Punjab Mental Hospital Lahore 1922-31 - 1922-1931
Year: 1922
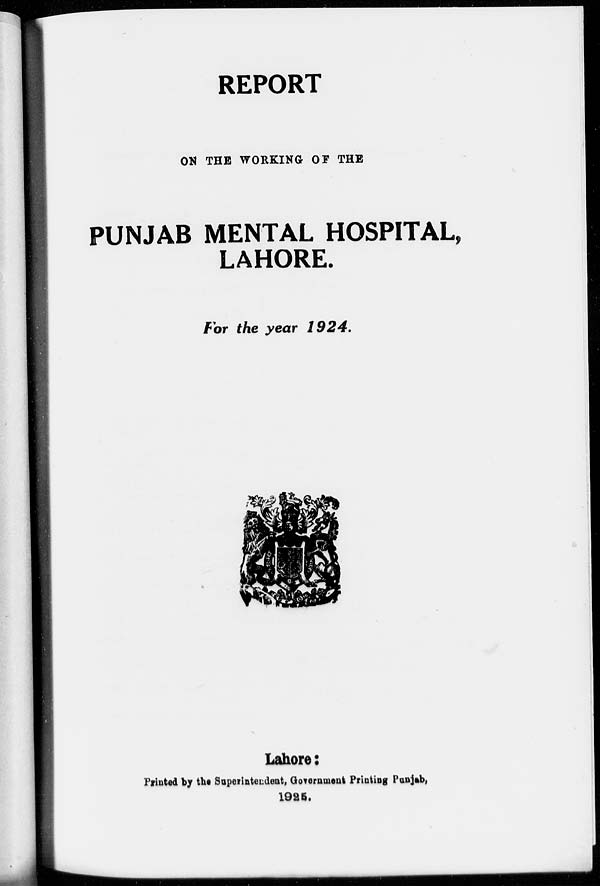
REPORT
ON THE WORKING OF THE
PUNJAB MENTAL HOSPITAL,
LAHORE.
For the year 1924.
Lahore:
Printed by the Superintendent, Government Printing Punjab,
1925.